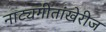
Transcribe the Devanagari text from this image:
नाट्यगीतांखेरीज